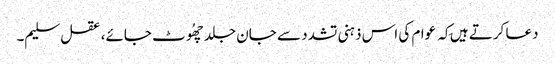
دعا کرتے ہیں کِہ عوام کی اس ذہنی تشدد سے جان جلد چھُوٹ جائے، عقل سلیم۔